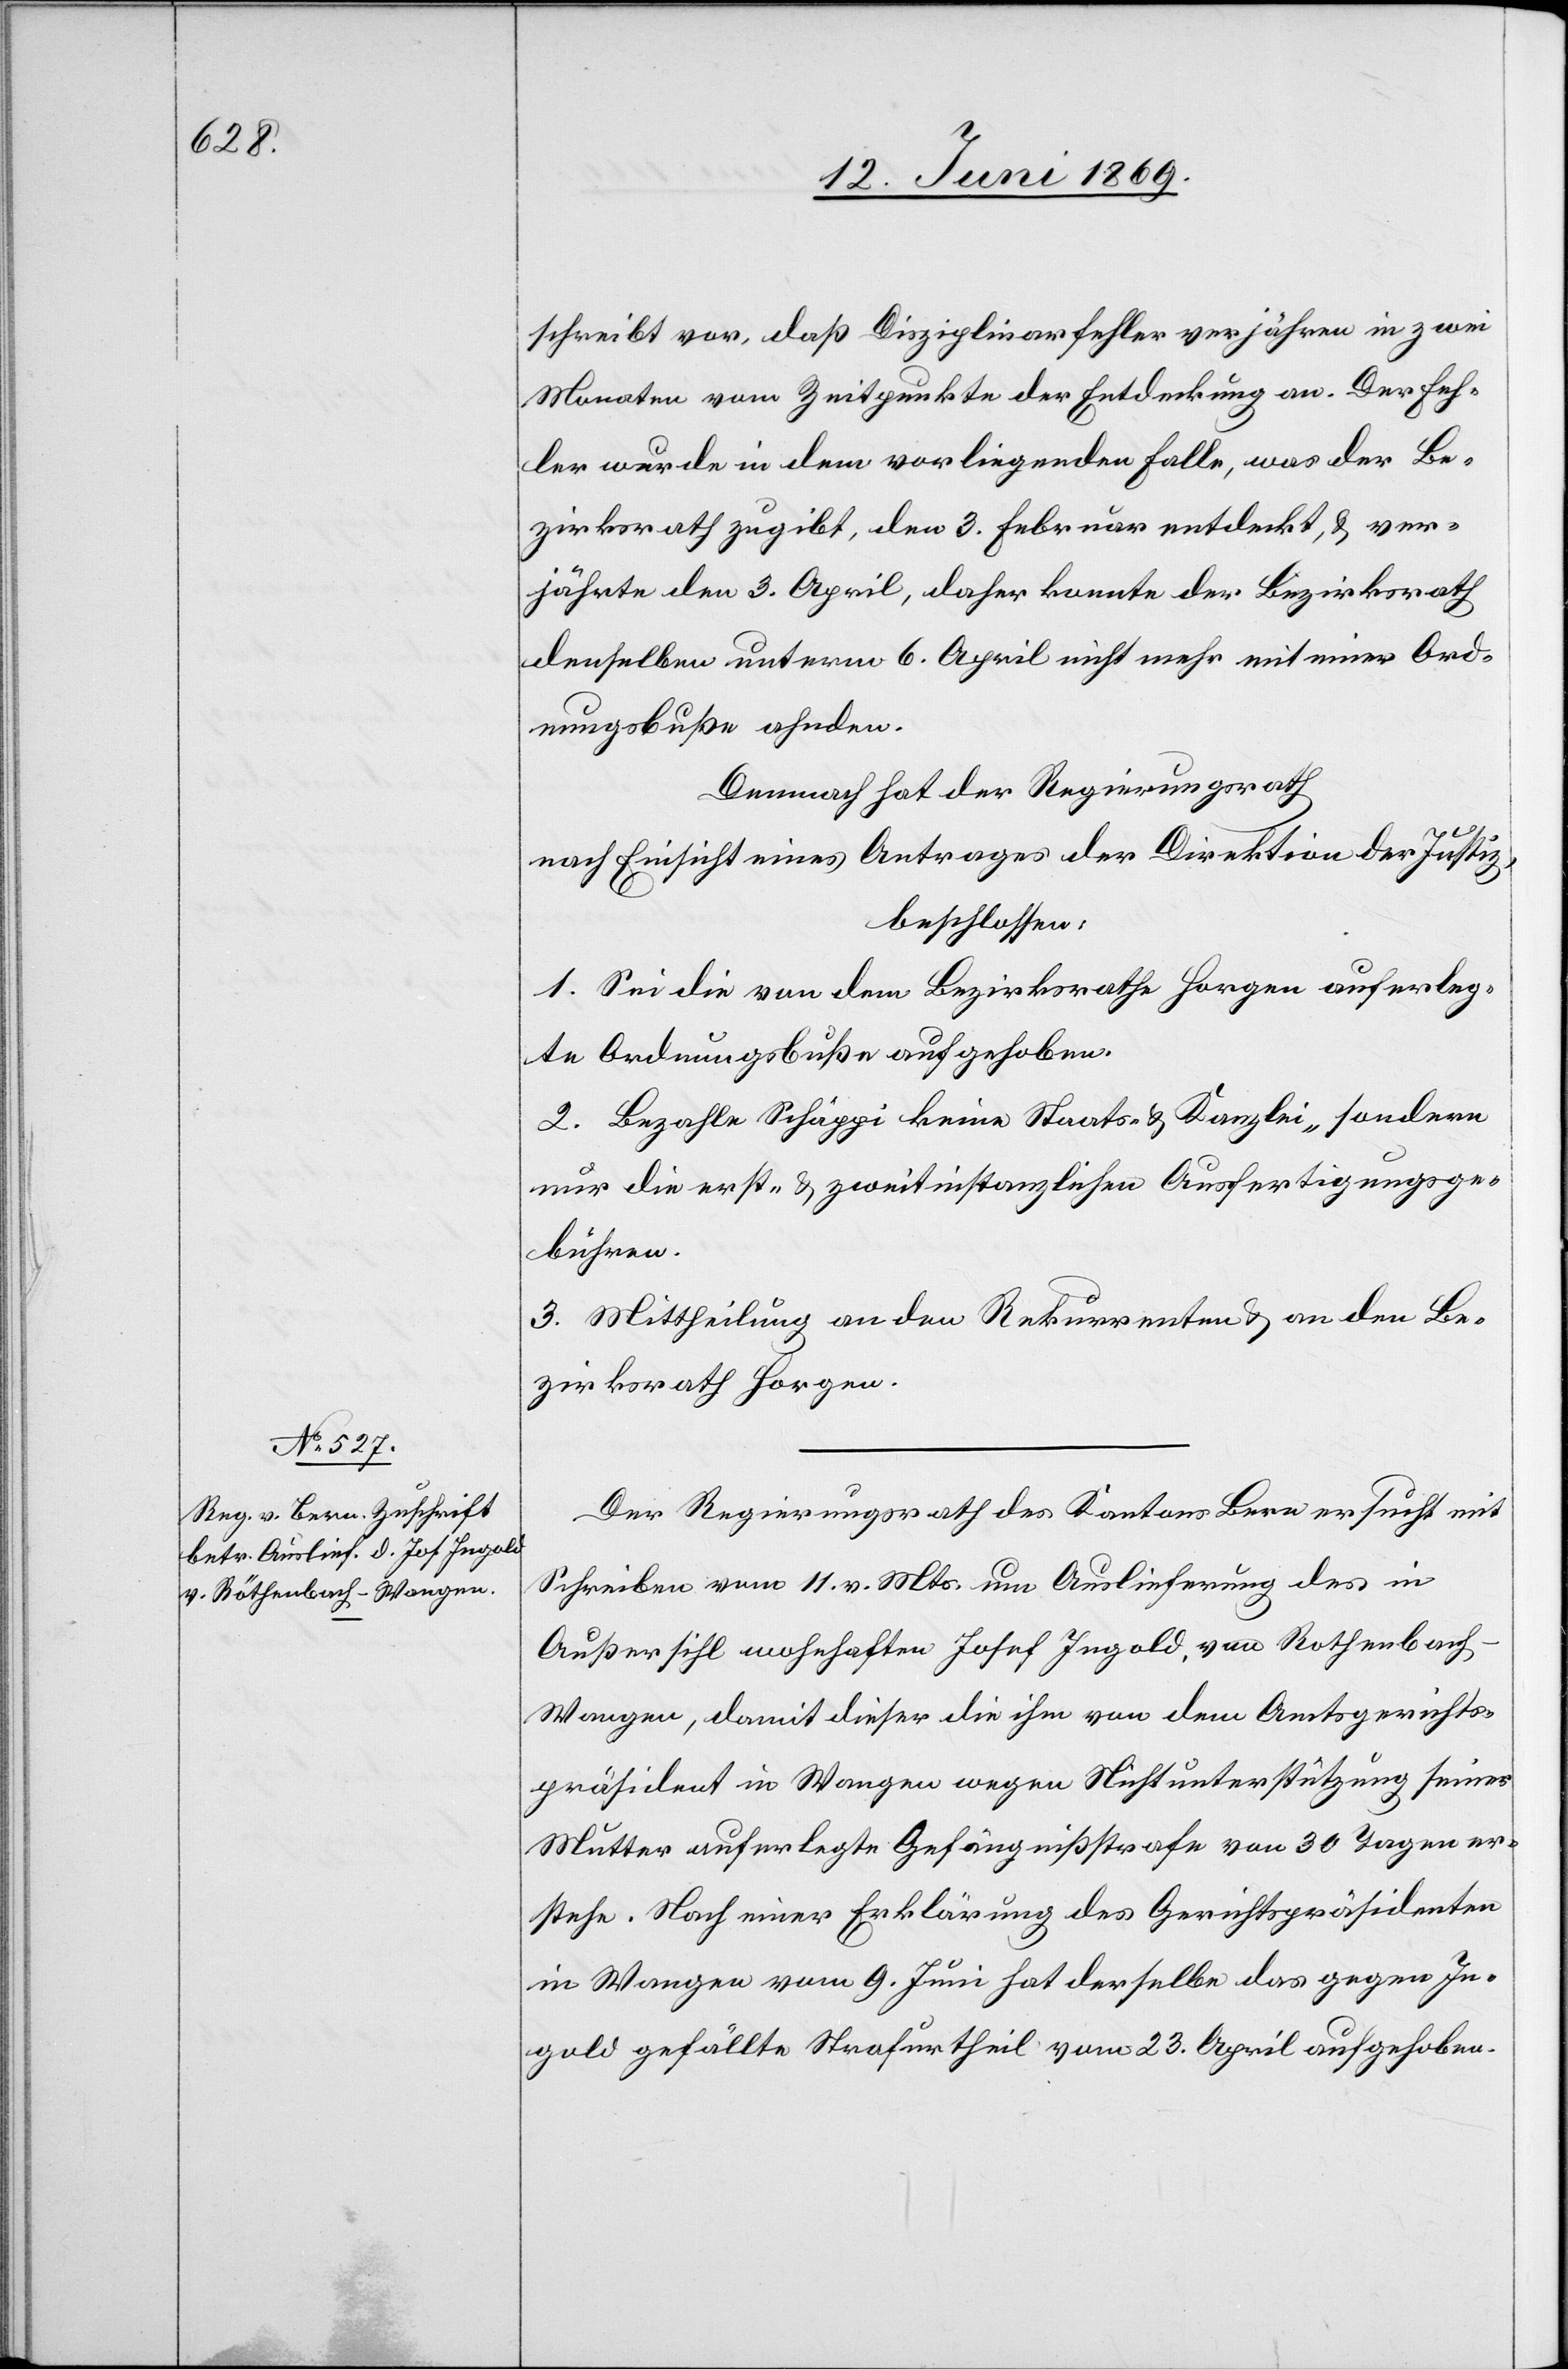
schreibt vor, daß Disziplinarfehler verjähren in zwei
Monaten vom Zeitpunkte der Entdeckung an. Der Feh¬
ler wurde in dem vorliegenden Falle, was der Be¬
zirksrath zugibt, den 3. Februar entdeckt, u. ver¬
jährte den 3. April, daher konnte der Bezirksrath
denselben unterm 6. April nicht mehr mit einer Ord¬
nungsbuße ahnden.
Demnach hat der Regierungsrath
nach Einsicht eines Antrages der Direktion der Justiz,
beschlossen:
1. Sei die von dem Bezirksrathe Horgen auferleg¬
te Ordnungsbuße aufgehoben.
2. Bezahle Schäppi keine Staats- u. Kanzlei- sondern
nur die erst- u. zweitinstanzlichen Ausfertigungsge¬
bühren.
3. Mittheilung an den Rekurrenten u. an den Be¬
zirksrath Horgen.
Der Regierungsrath des Kantons Bern ersucht mit
Schreiben vom 11 v. Mts. um Auslieferung des in
Außersihl wohnhaften Josef Ingold, von Rothenbac¬
h-Wangen, damit dieser die ihm von dem Amtsgerichts¬
präsident in Wangen wegen Nichtunterstützung seiner
Mutter auferlegte Gefängnißstrafe von 30 Tagen er¬
stehe. Nach einer Erklärung des Gerichtspräsidenten
in Wangen vom 9 Juni hat derselbe das gegen In¬
gold gefällte Strafurtheil vom 23 April aufgehoben.